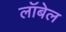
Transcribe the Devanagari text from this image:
लॉबेल